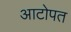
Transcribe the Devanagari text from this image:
आटोपत